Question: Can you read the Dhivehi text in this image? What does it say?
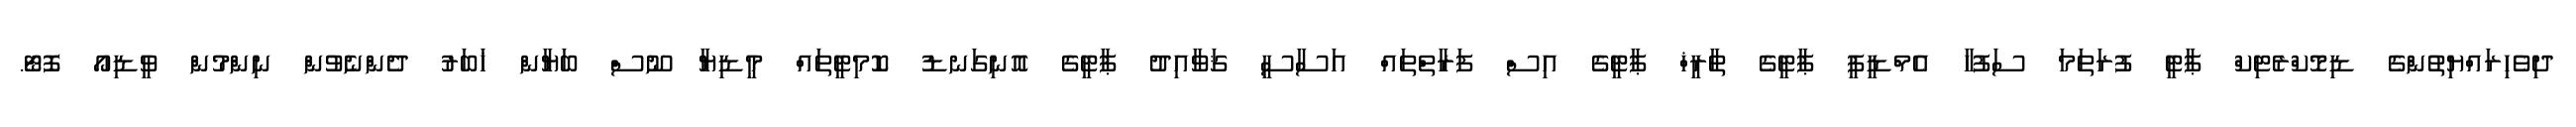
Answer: ދިވެހިރައްޔިތުންގެ ޑިމޮކްރެޓިކް ޕާޓީ ފުރަތަމަ ސަފުހާ އެމްޑީޕީ ޕާޓީގެ ތާރީޚް ޕާޓީގެ އިސް ފަރާތްތައް އަސާސީ ޤަވާއިދު ޕާޓީގެ އޮނިގަނޑު ކޮމިޓީތައް މީޑިޔާ ނޫސް ބަޔާން ޚަބަރު ދެންނެވުން ނިންމުން ވީޑިއޯ ފޮޓޯ.